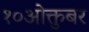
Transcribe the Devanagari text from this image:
१०ओक्तुबर